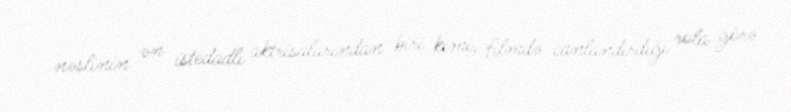
nəslinin ən istedadlı aktrisalarından biri kimi, filmdə canlandırdığı rola görə